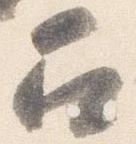
召